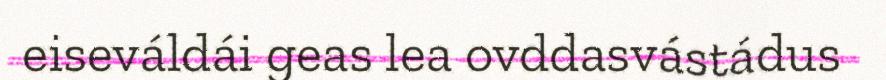
eiseváldái geas lea ovddasvástádus